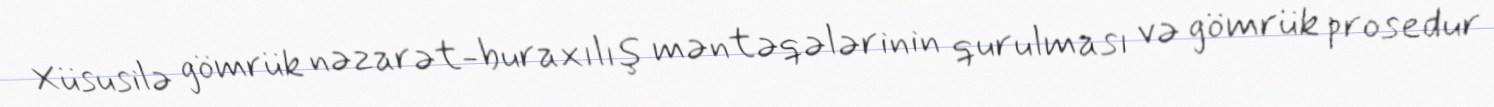
Xüsusilə gömrük nəzarət-buraxılış məntəqələrinin qurulması və gömrük prosedur